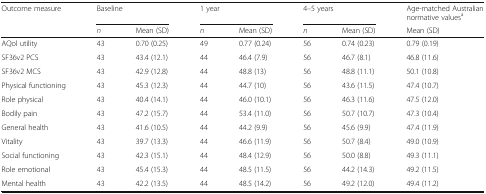
<table><thead><tr><td rowspan="2"><b>Outcome measure</b></td><td colspan="2"><b>Baseline</b></td><td colspan="2"><b>1 year</b></td><td colspan="2"><b>4–5 years</b></td><td><b>Age-matched Australian normative values<sup>a</sup></b></td></tr><tr><td><b><i>n</i></b></td><td><b>Mean (SD)</b></td><td><b><i>n</i></b></td><td><b>Mean (SD)</b></td><td><b><i>n</i></b></td><td><b>Mean (SD)</b></td><td><b>Mean (SD)</b></td></tr></thead><tbody><tr><td>AQol utility</td><td>43</td><td>0.70 (0.25)</td><td>49</td><td>0.77 (0.24)</td><td>56</td><td>0.74 (0.23)</td><td>0.79 (0.19)</td></tr><tr><td>SF36v2 PCS</td><td>43</td><td>43.4 (12.1)</td><td>44</td><td>46.4 (7.9)</td><td>56</td><td>46.7 (8.1)</td><td>46.8 (11.6)</td></tr><tr><td>SF36v2 MCS</td><td>43</td><td>42.9 (12.8)</td><td>44</td><td>48.8 (13)</td><td>56</td><td>48.8 (11.1)</td><td>50.1 (10.8)</td></tr><tr><td>Physical functioning</td><td>43</td><td>45.3 (12.3)</td><td>44</td><td>44.7 (10)</td><td>56</td><td>43.6 (11.5)</td><td>47.4 (10.7)</td></tr><tr><td>Role physical</td><td>43</td><td>40.4 (14.1)</td><td>44</td><td>46.0 (10.1)</td><td>56</td><td>46.3 (11.6)</td><td>47.5 (12.0)</td></tr><tr><td>Bodily pain</td><td>43</td><td>47.2 (15.7)</td><td>44</td><td>53.4 (11.0)</td><td>56</td><td>50.7 (10.7)</td><td>47.3 (10.4)</td></tr><tr><td>General health</td><td>43</td><td>41.6 (10.5)</td><td>44</td><td>44.2 (9.9)</td><td>56</td><td>45.6 (9.9)</td><td>47.4 (11.9)</td></tr><tr><td>Vitality</td><td>43</td><td>39.7 (13.3)</td><td>44</td><td>46.6 (11.9)</td><td>56</td><td>50.7 (8.4)</td><td>49.0 (10.9)</td></tr><tr><td>Social functioning</td><td>43</td><td>42.3 (15.1)</td><td>44</td><td>48.4 (12.9)</td><td>56</td><td>50.0 (8.8)</td><td>49.3 (11.1)</td></tr><tr><td>Role emotional</td><td>43</td><td>45.4 (15.3)</td><td>44</td><td>48.5 (11.5)</td><td>56</td><td>44.2 (14.3)</td><td>49.2 (11.5)</td></tr><tr><td>Mental health</td><td>43</td><td>42.2 (13.5)</td><td>44</td><td>48.5 (14.2)</td><td>56</td><td>49.2 (12.0)</td><td>49.4 (11.2)</td></tr></tbody></table>